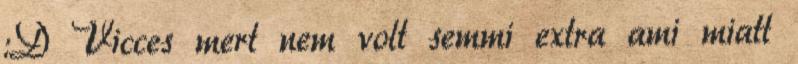
:D Vicces mert nem volt semmi extra ami miatt